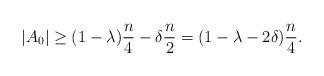
LaTeX: \begin{align*} |A_0|\geq (1-\lambda)\frac{n}{4}-\delta\frac{n}{2}=(1-\lambda-2\delta)\frac{n}{4}.\end{align*}